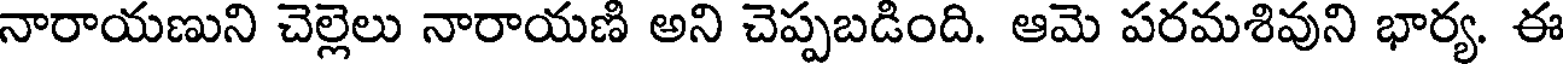
నారాయణుని చెల్లెలు నారాయణి అని చెప్పబడింది. ఆమె పరమశివుని భార్య. ఈ